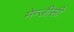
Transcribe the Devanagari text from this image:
मेन्जीसी